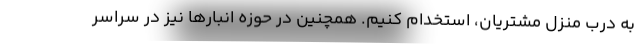
به درب منزل مشتریان، استخدام کنیم. همچنین در حوزه انبارها نیز در سراسر